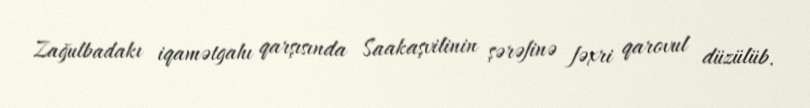
Zağulbadakı iqamətgahı qarşısında Saakaşvilinin şərəfinə fəxri qarovul düzülüb.